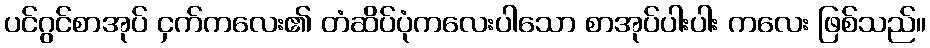
ပင်ဂွင်စာအုပ် ငှက်ကလေး၏ တံဆိပ်ပုံကလေးပါသော စာအုပ်ပါးပါး ကလေး ဖြစ်သည်။